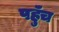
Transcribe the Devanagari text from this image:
पहुॅंच